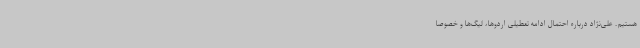
هستیم. علی‌نژاد درباره احتمال ادامه تعطیلی اردوها، لیگ‌ها و خصوصا